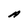
Character: A